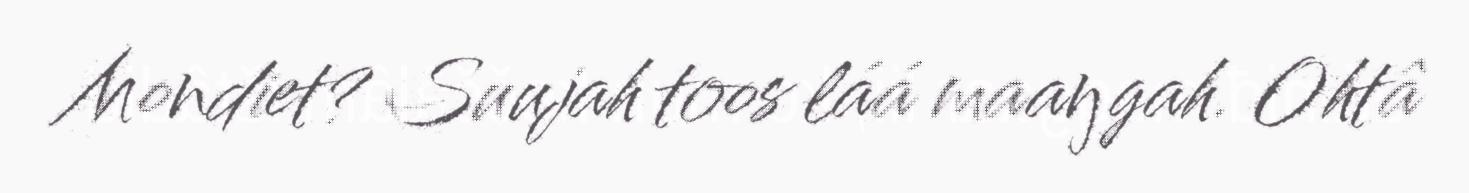
Mondiet? Suujah toos láá maaŋgah. Ohtâ